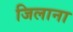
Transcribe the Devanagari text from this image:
जिलाना